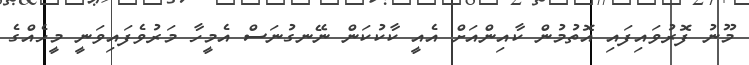
މޫނު ފޮރުވައިފައި އޮތުމުން ކާއިންއަށް އެއީ ކާކުކަން ނޭނގުނަސް އެމީހާ މަރުވެފައިވަނީ މީހެއްގެ